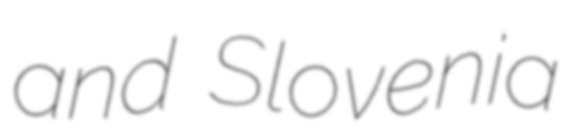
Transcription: and Slovenia